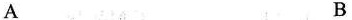
A B